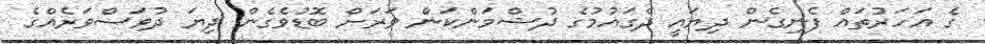
ގެ އަހަރުތައް ފެނިގެން ދިޔައީ ދެގައުމުގެ ދުޝްމަންކަން ވަރަށް ބޮޑުވެގެން ދިޔަ ދުވަސްވަރެއްގެ